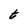
Character: t